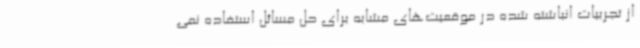
از تجربیات انباشته شده در موقعیت‌های مشابه برای حل مسائل استفاده نمی